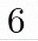
6